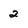
Character: 2